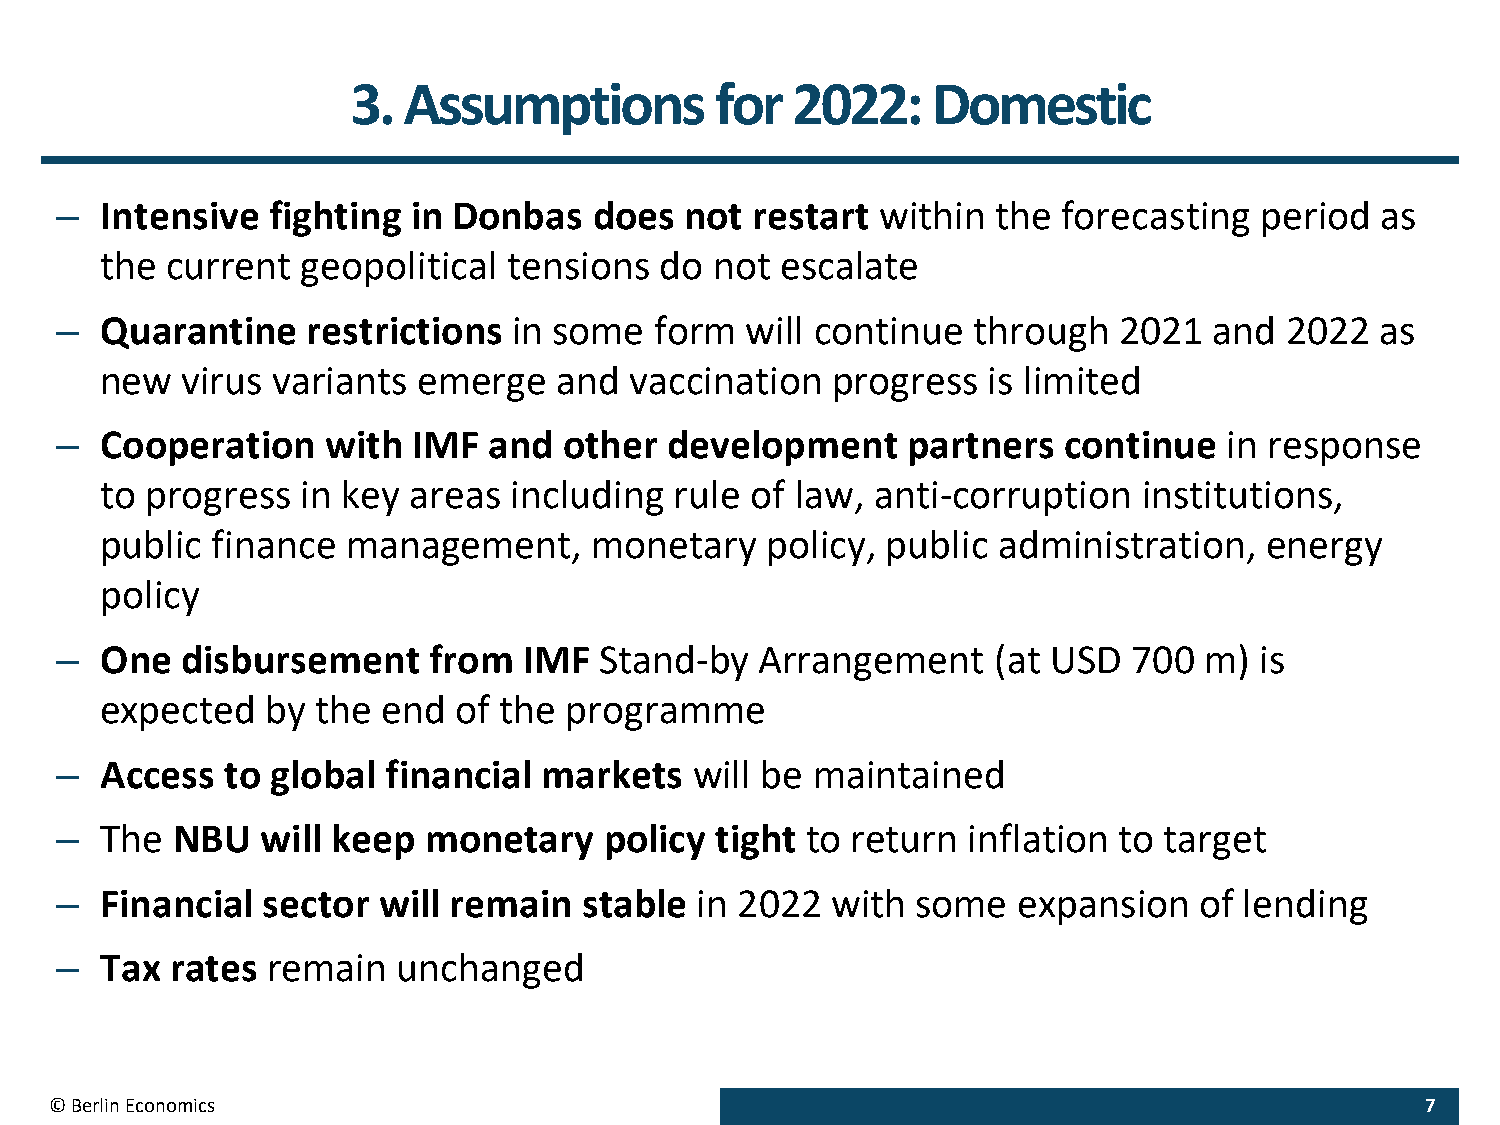
3.  Assumptions         for  2022:     Domestic
 –  Intensive  fighting in Donbas   does  not  restart within  the forecasting  period  as
 the current  geopolitical  tensions  do not  escalate
 –  Quarantine   restrictions  in some  form  will continue  through   2021  and  2022  as
 new  virus variants  emerge   and  vaccination  progress  is limited
 –  Cooperation    with IMF  and  other  development     partners  continue   in response
 to progress  in key areas  including  rule of law, anti-corruption   institutions,
 public finance  management,     monetary    policy, public administration,   energy
 policy
 –  One  disbursement    from   IMF  Stand-by  Arrangement     (at USD  700  m) is
 expected   by the end  of the programme
 –  Access  to global  financial markets   will be maintained
 –  The NBU   will keep  monetary    policy tight to return  inflation to target
 –  Financial sector  will remain   stable in 2022  with  some  expansion   of lending
 –  Tax rates  remain  unchanged
 © Berlin Economics                                                                         7